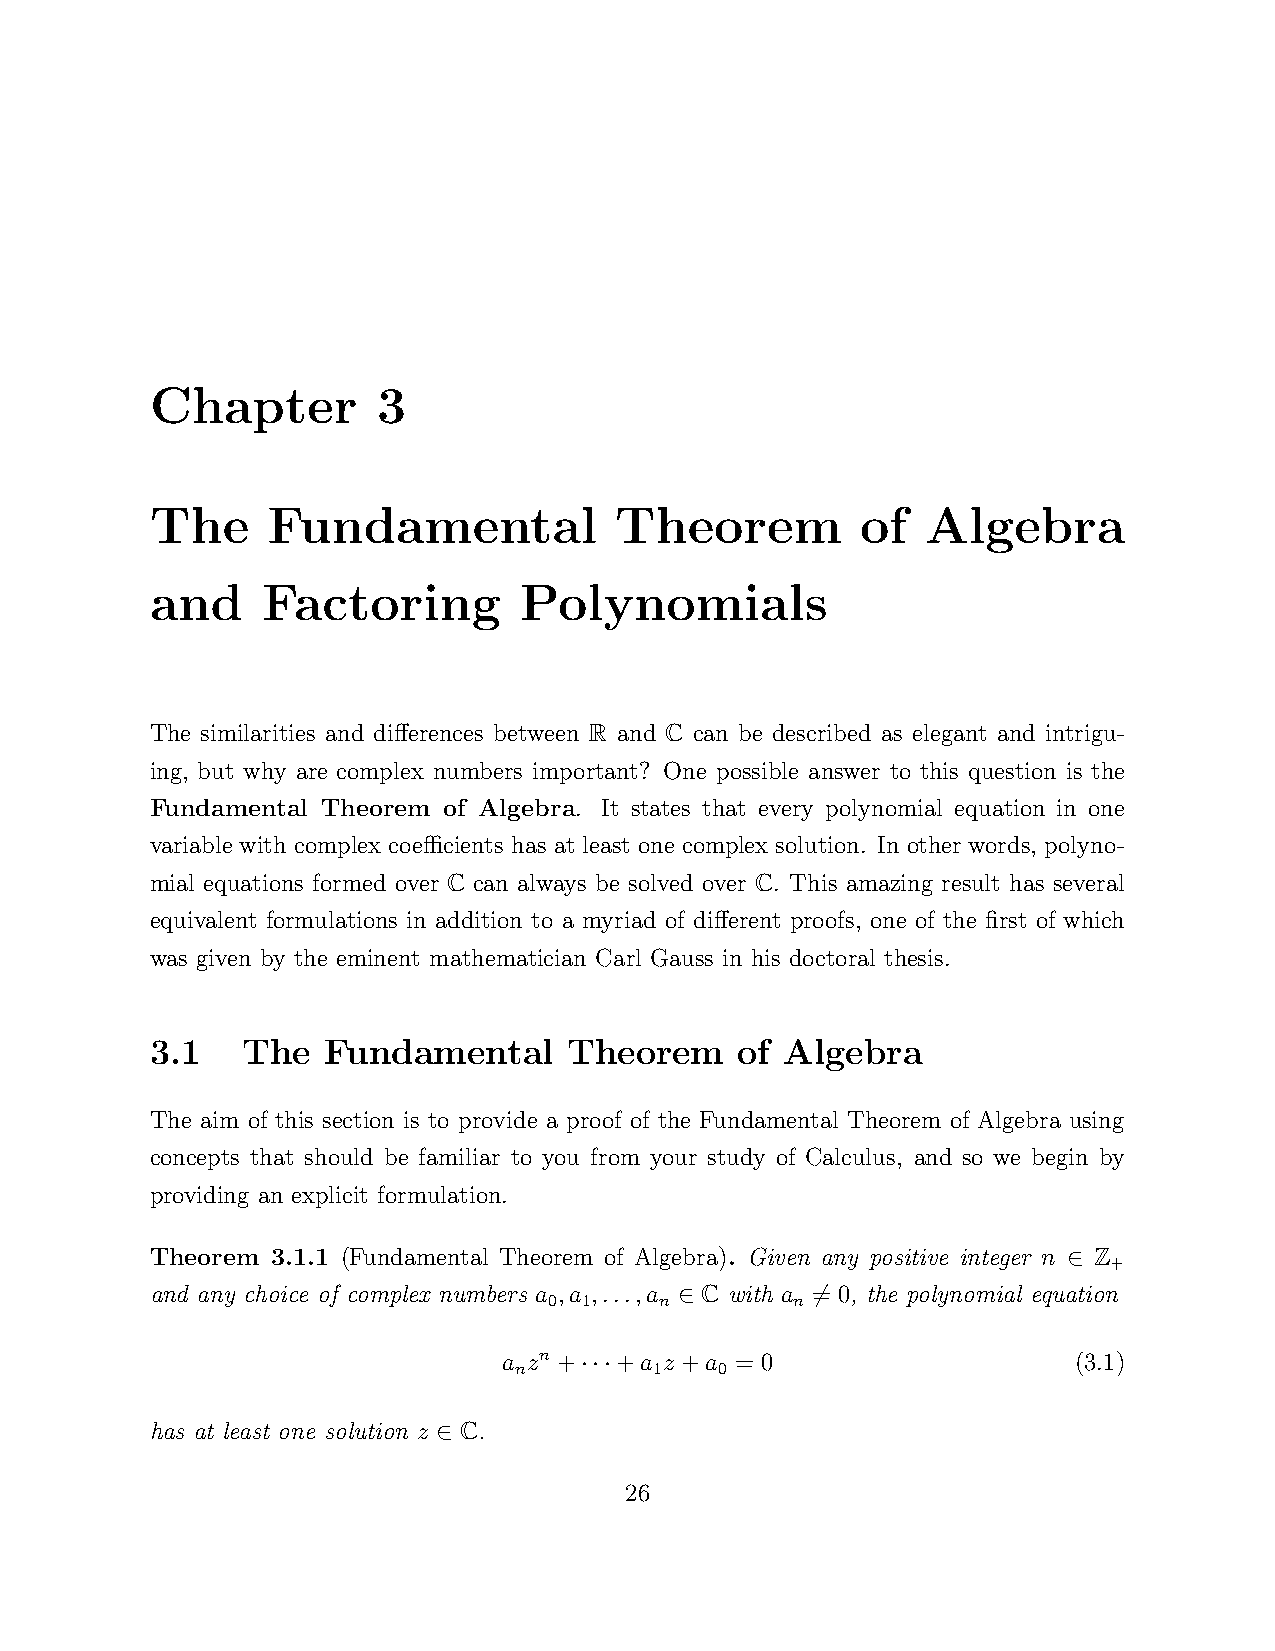
Chapter        3
 The     Fundamental            Theorem         of  Algebra
 and    Factoring        Polynomials
 The similarities and differences between R and C can be described as elegant and intrigu-
 ing, but why are complex numbers important? One possible answer to this question is the
 Fundamental Theorem of Algebra. It states that every polynomial equation in one
 variable with complex coefficients has at least one complex solution. In other words, polyno-
 mial equations formed over C can always be solved over C. This amazing result has several
 equivalent formulations in addition to a myriad of different proofs, one of the first of which
 was given by the eminent mathematician Carl Gauss in his doctoral thesis.
 3.1   The  Fundamental      Theorem    of Algebra
 The aim of this section is to provide a proof of the Fundamental Theorem of Algebra using
 concepts that should be familiar to you from your study of Calculus, and so we begin by
 providing an explicit formulation.
 Theorem 3.1.1 (Fundamental Theorem of Algebra). Given any positive integer n Z
 +
 ∈
 and any choice of complex numbers a ,a ,...,a C with a = 0, the polynomial equation
 0 1     n        n
 ∈        6
 a zn +  +a z +a = 0                   (3.1)
 n        1    0
 ···
 has at least one solution z C.
 ∈
 26